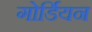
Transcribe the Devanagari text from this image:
गोर्डियन